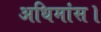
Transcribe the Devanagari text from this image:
अधिमांस।